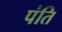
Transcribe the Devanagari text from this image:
पंति